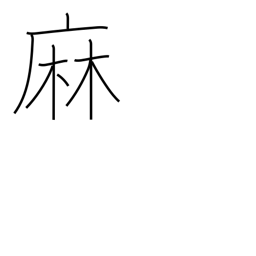
Meaning: hemp